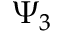
\Psi _ { 3 }